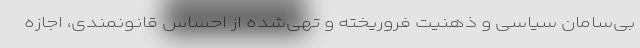
بی‌سامان سیاسی و ذهنیت فروریخته و تهی‌شده از احساس قانونمندی، اجازه